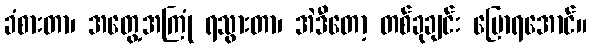
ခံစားတာ၊ အတွေ့အကြုံ ရသွားတာ၊ အဲဒီတော့ တစ်ခုချင်း ပြောရအောင်။